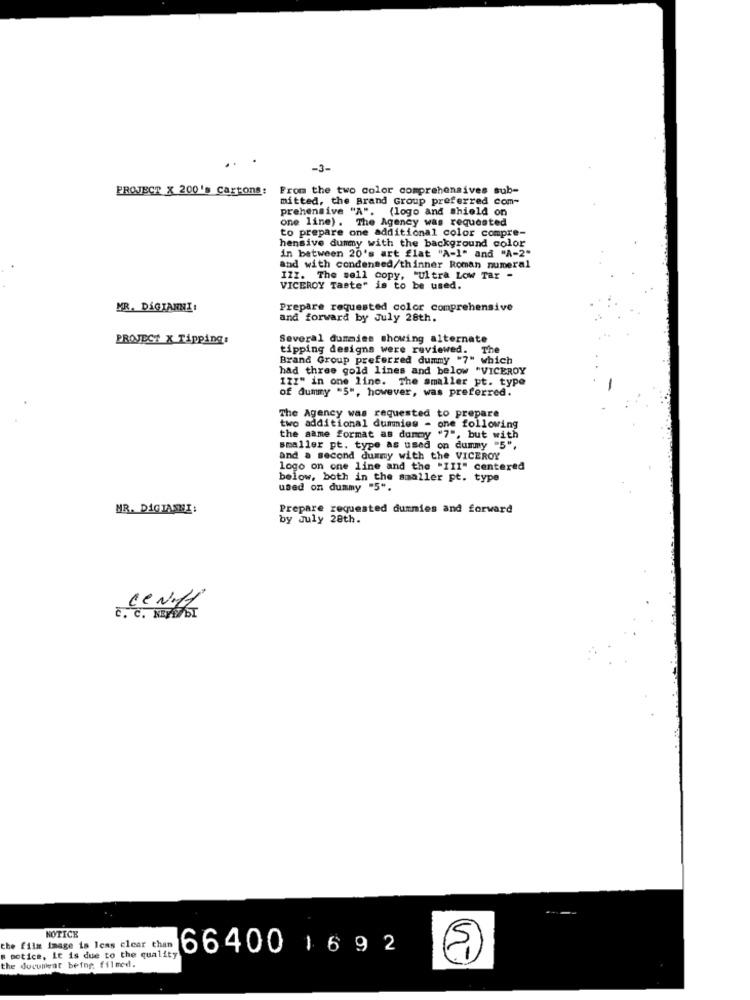
..
-3-
PROJECT X 200's Cartons: From the two color comprehensives sub-
mitted, the Brand Group preferred com-
prehensive "A". (logo and shield on
one line). The Agency was requested
to prepare one additional color compre-
hensive dummy with the background color
in between 20's art flat "A-1" and "A-2"
and with condensed/thinner Roman numeral
IZI. The sell copy, "Ultra Low Tar -
VICEROY Taste" is to be used.
MR. DIGIANNI:
Prepare requested color comprehensive
and forward by July 28th.
PROJECT X Tipping:
Several dummies showing alternate
tipping designs were reviewed. The
Brand Group preferred dummy "7" which
had three gold lines and below "VICEROY
IZI" in one line. The smaller pt. type
of dummy =5", however, was preferred.
The Agency was requested to prepare
two additional dummies - one following
the same format as dummy "7", but with
smaller pt. type as used on dummy "5",
and a second dummy with the VICEROY
logo on one line and the "III" centered
below, both in the smaller pt. type
used on dummy "5".
MR. DIGIASHI:
Prepare requested dummies and forward
by July 28th.
ceNff
C. C. NEVIDI
NOTICE
the film image is less clear than
66400 1 6 9 2
# potice, it is due to the quality
the document being filmed.